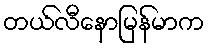
တယ်လီနောမြန်မာက